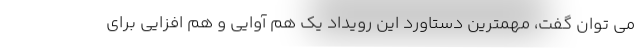
می توان گفت، مهمترین دستاورد این رویداد یک هم آوایی و هم افزایی برای